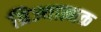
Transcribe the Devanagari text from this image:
त्रिज्यात्मक